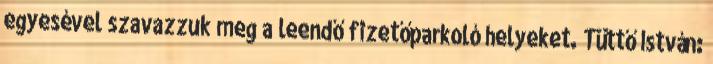
egyesével szavazzuk meg a leendő fizetőparkoló helyeket. Tüttő István: